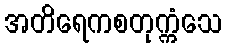
အတိရေကစတုက္ကံသေ